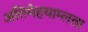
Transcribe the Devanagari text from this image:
अतिमेहयाम्लता